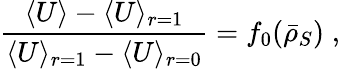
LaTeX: \frac{\langle U\rangle-\langle U\rangle_{r=1}}{\langle U\rangle_{r=1}-\langle U\rangle_{r=0}}=f_{0}(\bar{\rho}_{S})\; ,